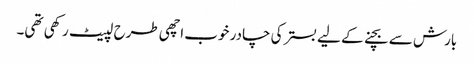
بارش سے بچنے کے لیے بستر کی چادر خوب اچھی طرح لپیٹ رکھی تھی۔